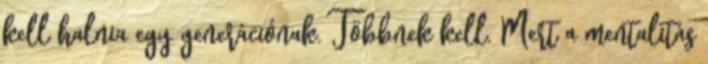
kell halnia egy generációnak. Többnek kell. Mert a mentalitás